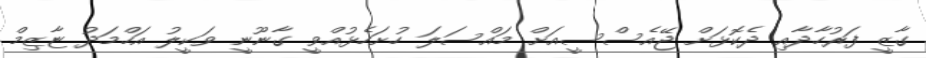
ގާޒީ ފަރުހާދާއި ދެކޮޅަށް ޖޭއެސްސީއަށް މައްސަލަ ހުށަހެޅުއްވީ ގާނޫނީ ވަކީލު އަހްމަދު ޏާޒިމް